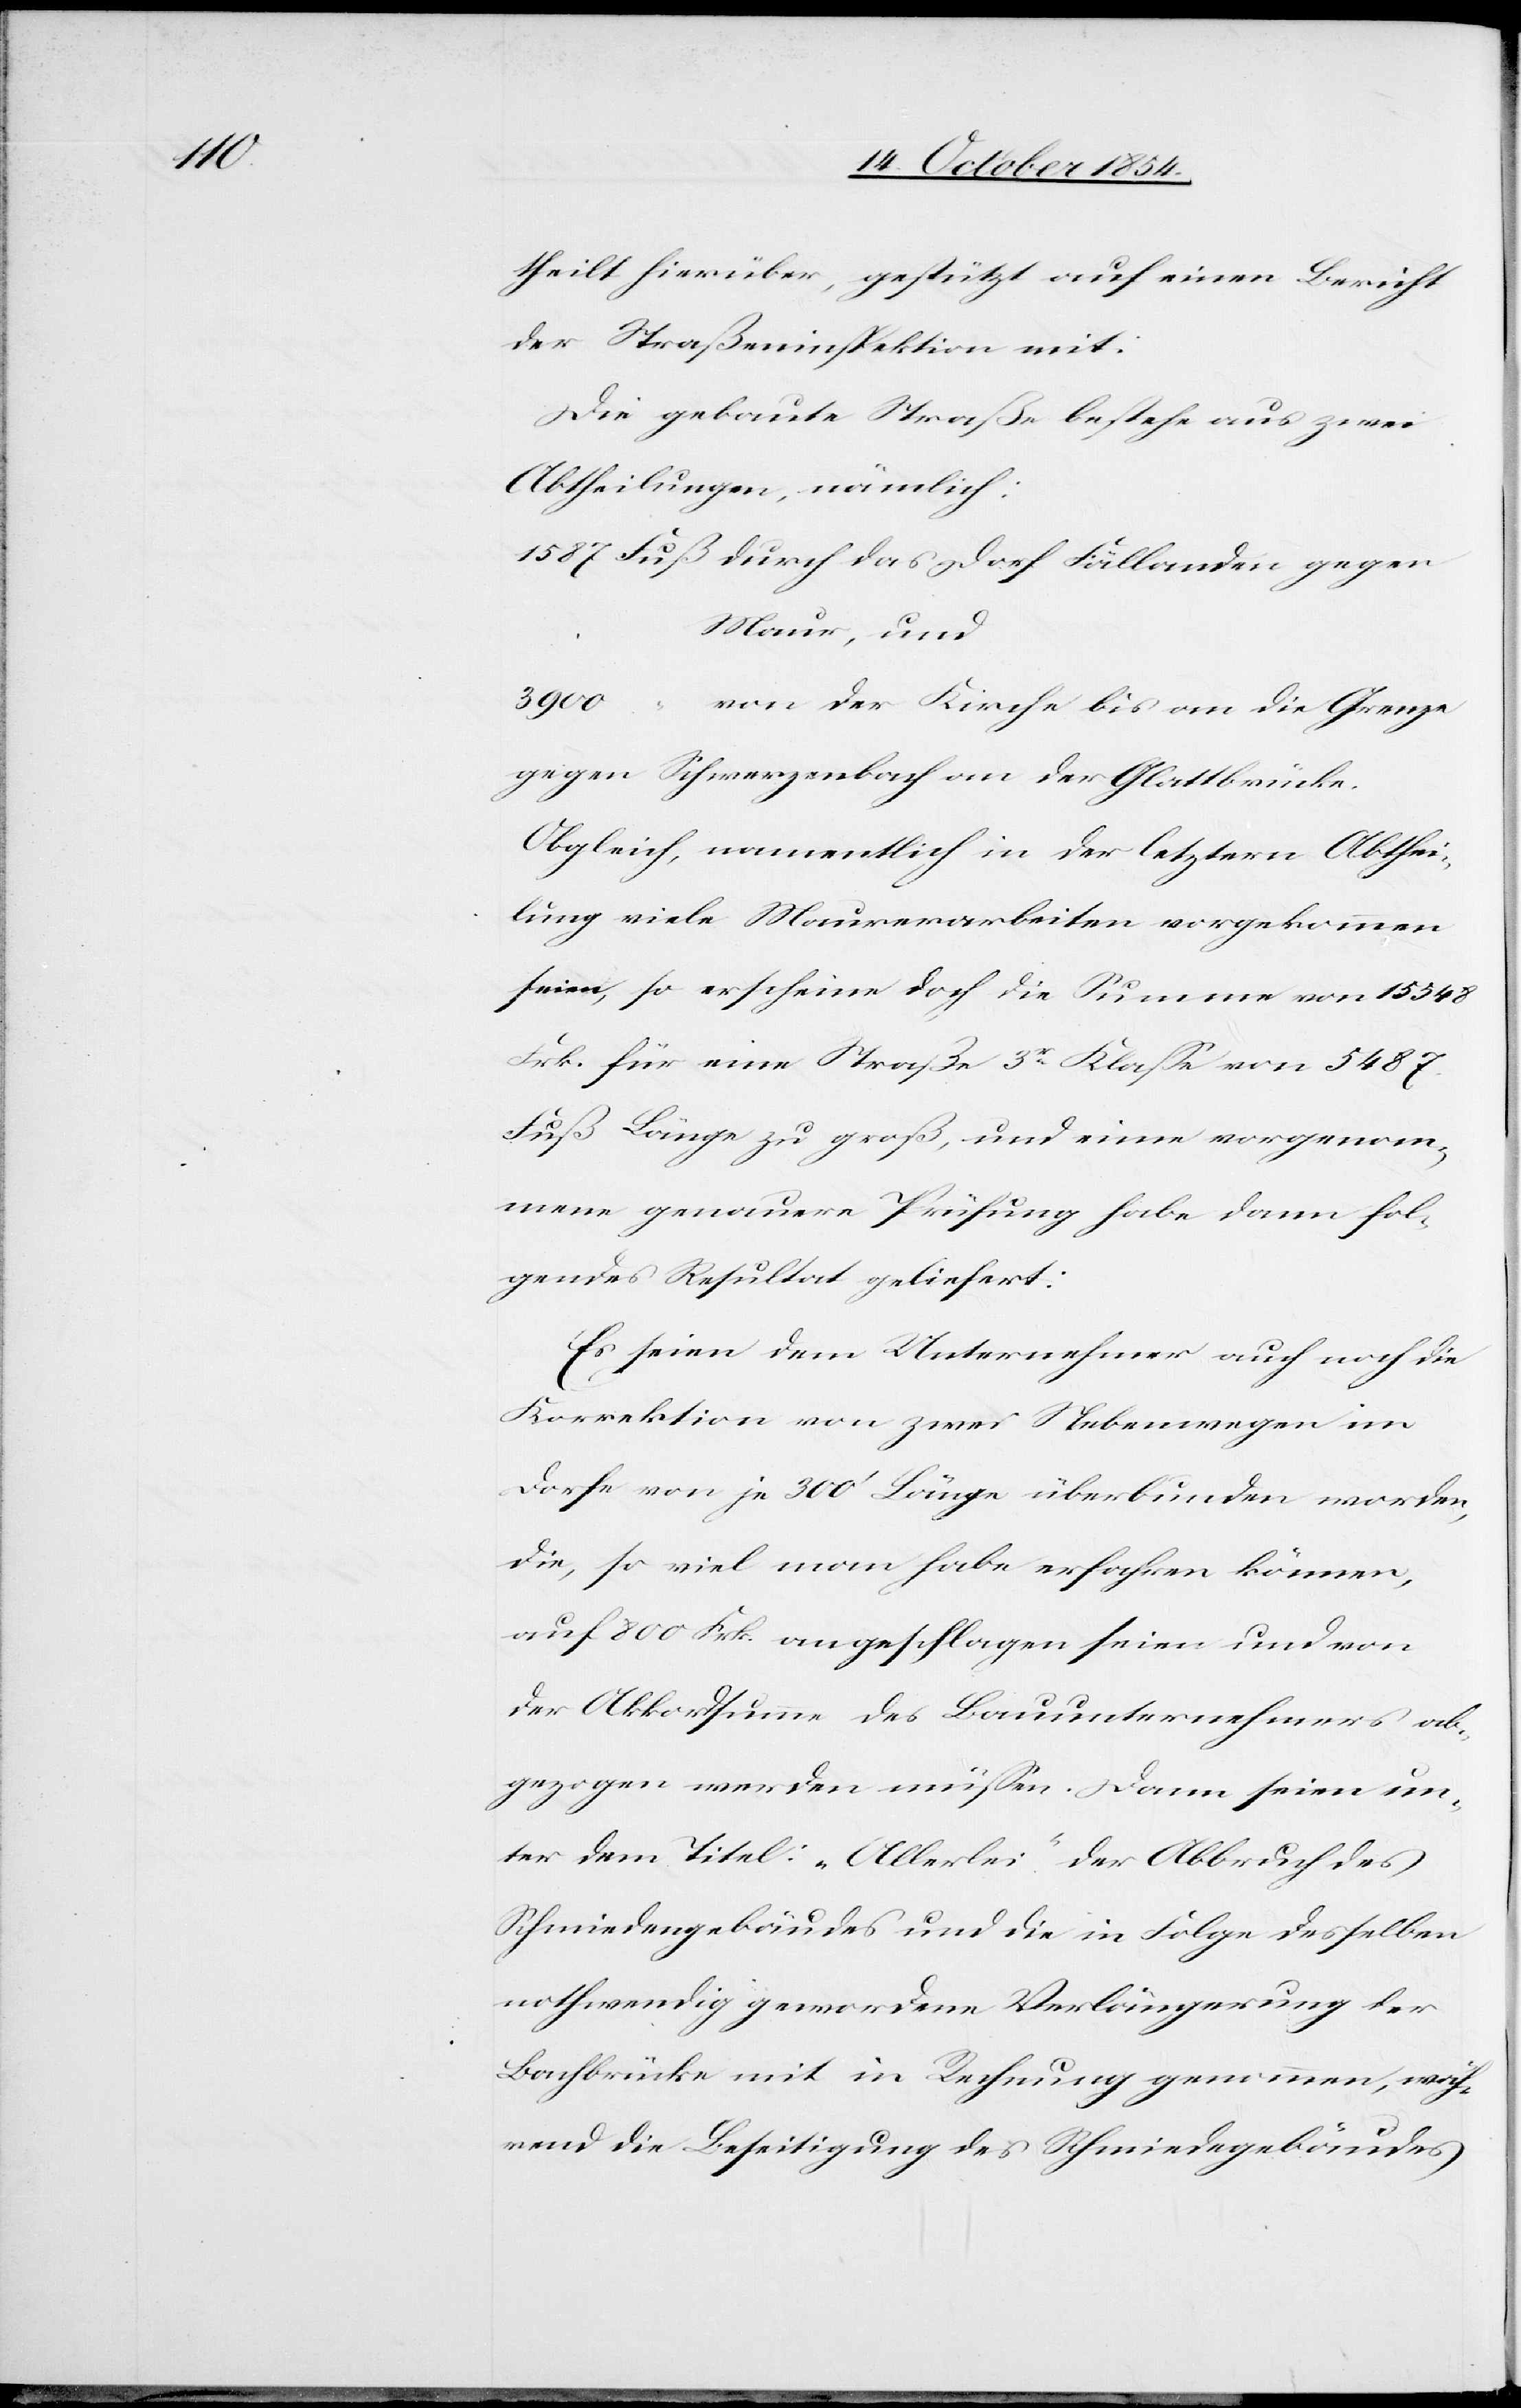
theilt hierüber, gestützt auf einen Bericht
der Straßeninspektion mit:
Die gebaute Straße bestehe aus zwei
Abtheilungen, nämlich:
durch das Dorf Fällanden gegen
Maur, und
von der Kirche bis an die Grenze
gegen Schwerzenbach an der Glattbrücke.
Obgleich, namentlich in der letztern Abthei¬
lung viele Maurerarbeiten vorgekommen
seien, so erscheine doch die Summe von 15 548
Frk. für eine Straße 3r Klaße von 5487
Fuß Länge zu groß, und eine vorgenom¬
mene genauere Prüfung habe dann fol¬
gendes Resultat geliefert:
Es seien dem Unternehmer auch noch die
Korrektion von zwei Nebenwegen im
Dorfe von je 300‘ Länge überbunden worden,
die, so viel man habe erfahren können,
auf 800 Frk. angeschlagen seien und von
der Akkordsumme des Bauunternehmers ab¬
gezogen werden müßen. Dann seien un¬
ter dem Titel: „Allerlei“ der Abbruch des
Schmiedengebäudes und die in Folge desselben
nothwendig gewordene Verlängerung der
Bachbrücke mit in Rechnung genommen, wäh¬
rend die Beseitigung des Schmiede[n]gebäudes